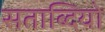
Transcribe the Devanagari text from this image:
सताब्दियो